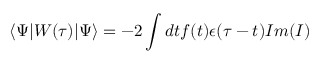
\left< \Psi | W ( \tau ) | \Psi \right> = - 2 \int d t f ( t ) \epsilon ( \tau - t ) I m ( I )